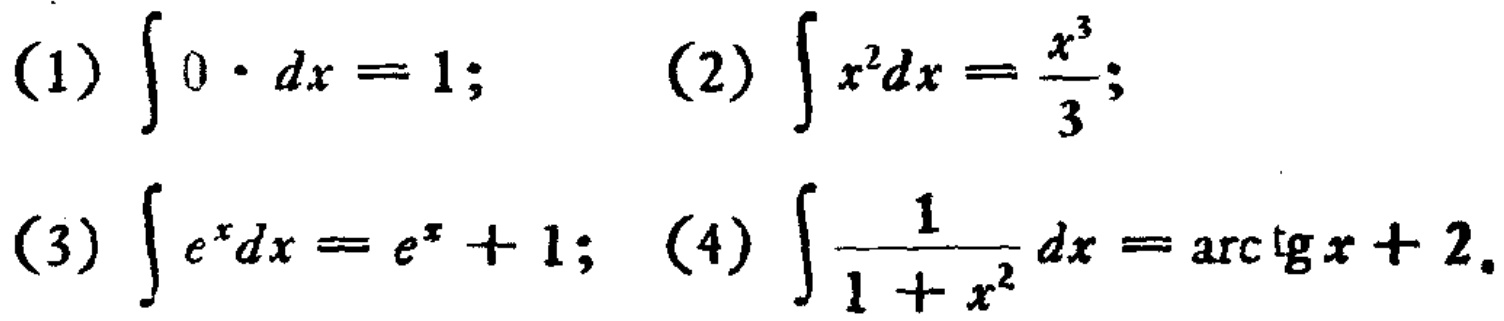
(1) \(\int 0\cdot dx = 1;\) (2) \(\int x^{2}dx=\frac{x^{3}}{3};\)
(3) \(\int e^{x}dx = e^{x}+1;\) (4) \(\int\frac{1}{1 + x^{2}}dx=\mathrm{arc}\mathrm{tg}x + 2.\)